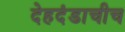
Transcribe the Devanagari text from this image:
देहदंडाचीच